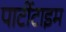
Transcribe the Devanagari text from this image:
पार्टीटाइम